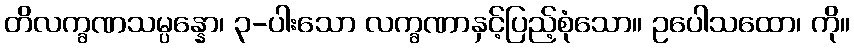
တိလက္ခဏသမ္ပန္နော၊ ၃-ပါးသော လက္ခဏာနှင့်ပြည့်စုံသော။ ဥပေါသထော၊ ကို။